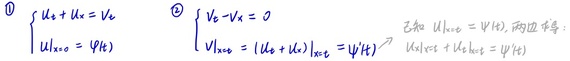
\[
\begin{cases}
u_s + u_c = v_c \\
u_{s|x=0} = \psi(t)
\end{cases}
\quad
\begin{cases}
v_c - v_s = 0 \\
v_{s|x=0} = (u_s + u_c)|_{x=0} = \psi(t)
\end{cases}
\]